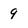
Character: 9